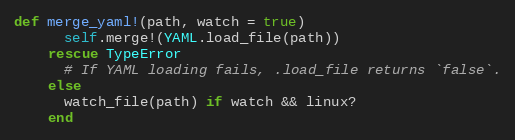
Language: Ruby
def merge_yaml!(path, watch = true)
      self.merge!(YAML.load_file(path))
    rescue TypeError
      # If YAML loading fails, .load_file returns `false`.
    else
      watch_file(path) if watch && linux?
    end